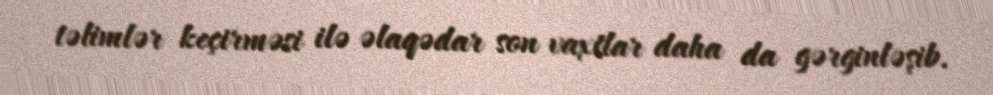
təlimlər keçirməsi ilə əlaqədar son vaxtlar daha da gərginləşib.